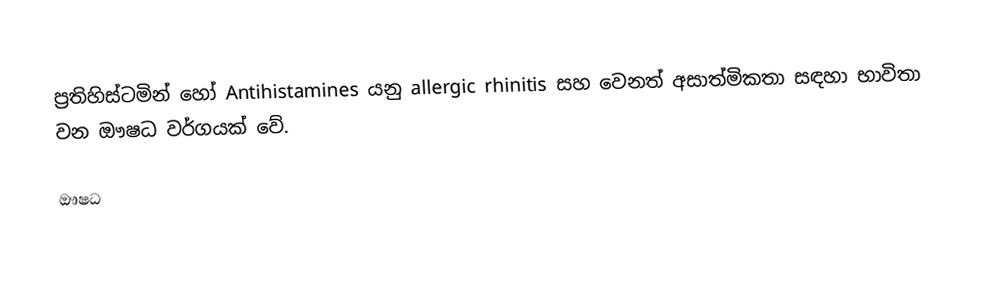
ප්‍රතිහිස්ටමින් හෝ Antihistamines යනු allergic rhinitis සහ වෙනත් අසාත්මිකතා සඳහා භාවිතා වන ඖෂධ වර්ගයක් වේ.

ඖෂධ